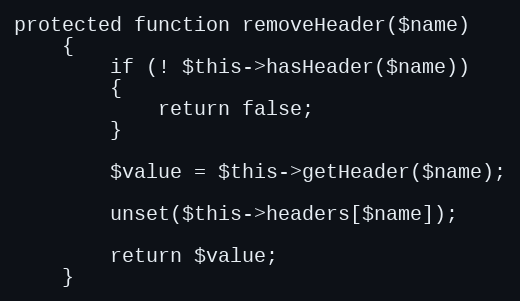
Language: PHP
protected function removeHeader($name)
	{
		if (! $this->hasHeader($name))
		{
			return false;
		}

		$value = $this->getHeader($name);

		unset($this->headers[$name]);

		return $value;
	}